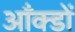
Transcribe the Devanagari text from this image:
आँक्डों